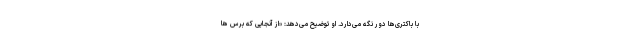
با باکتری‌ها دور نگه می‌دارد. او توضیح می‌دهد: «از آنجایی که برس ها